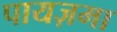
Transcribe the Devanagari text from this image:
पायज़मा